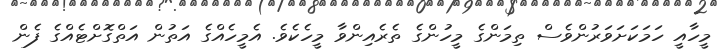
މީހާއީ ހަމަކަށަވަރުންވެސް ތިމަންގެ މީހުންގެ ތެރެއިންވާ މީހެކެވެ. އެމީހެއްގެ އަތުން އަތްގޮށްޓެއްގެ ފެން